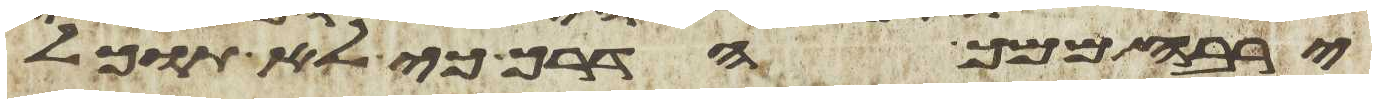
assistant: ירבה ממך הדרך כי לא תוכל